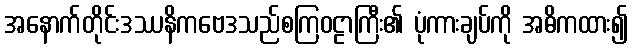
အနောက်တိုင်းဒဿနိကဗေဒသည်စကြဝဠာကြီး၏ ပုံကားချပ်ကို အဓိကထား၍